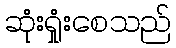
ဆုံးရှုံးစေသည်